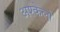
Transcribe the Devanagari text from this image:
अश्केलो